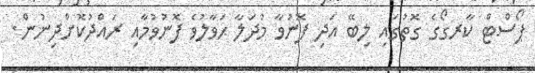
ޕޯސްޓް ކާރގޯގެ ގޮތުގައި ލިބޭ އަދި ފޮނުވާ މުދަލާ ޙަވާލުވެ ފޮނުވުމާއި ރައްދުކޮށްދިނުން.